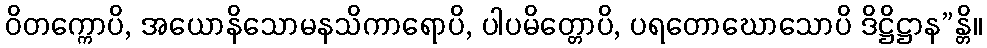
ဝိတက္ကောပိ, အယောနိသောမနသိကာရောပိ, ပါပမိတ္တောပိ, ပရတောဃောသောပိ ဒိဋ္ဌိဋ္ဌာန”န္တိ။